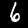
Digit: 6